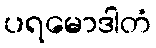
ပရမောဒါတံ